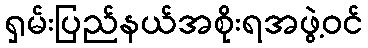
ရှမ်းပြည်နယ်အစိုးရအဖွဲ့ဝင်